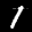
Label: 1